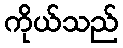
ကိုယ်သည်